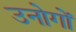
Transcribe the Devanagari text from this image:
उनोगों